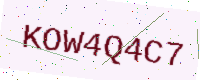
Text: KOW4Q4C7